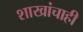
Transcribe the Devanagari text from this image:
शाखांचाही